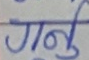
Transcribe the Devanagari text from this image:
गर्नु